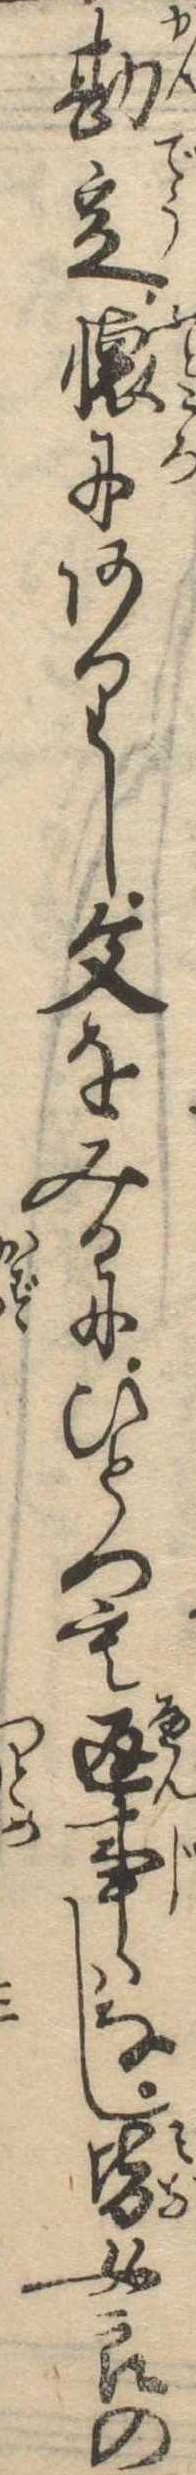
勘定懐にありし文をみるにひとつも返事はなし皆女郎の